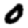
Digit: 0